Document type: Grant of rights
Year: 1280
Scribe: Pere Marc
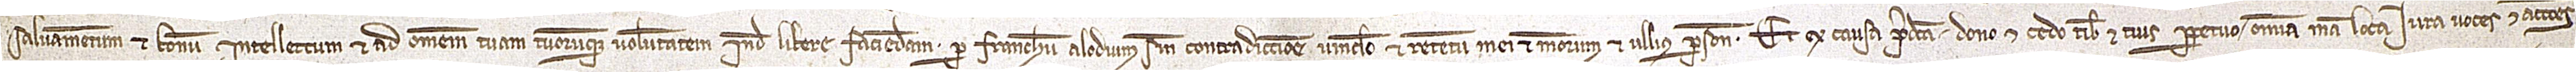
salvamentum et bonum intellectum et ad omnem tuam tuorumque voluntatem inde libere faciendam, per franchum alodium, sine contradictione, vinculo et retentu mei et meorum et ullius persone. Et ex causa predicta dono et cedo tibi et tuis perpetuo omnia mea loca, iura, voces et acciones